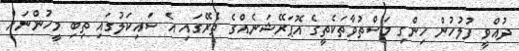
ދުއްވީ ފުލުހުން ހިންގި މަސްތުވާތަކެތީގެ އޮޕަރޭޝަނެއްގެ ތެރޭގައި އެ ސައިކަލުގައި ތިބި މީހުންނަށް